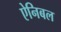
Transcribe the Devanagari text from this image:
ऐनिबल